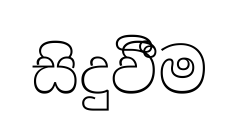
සිදුවීීම